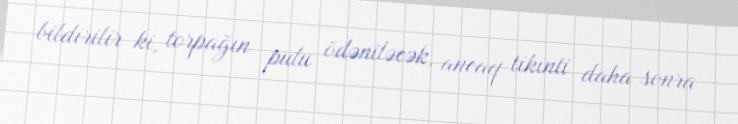
bildirilir ki, torpağın pulu ödəniləcək, ancaq tikinti daha sonra